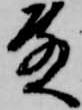
殿